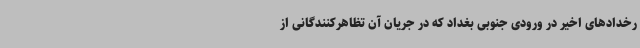
رخدادهای اخیر در ورودی جنوبی بغداد که در جریان آن تظاهرکنندگانی از